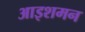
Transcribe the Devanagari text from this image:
आइशमन